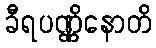
ခီရပဏ္ဏိနောတိ